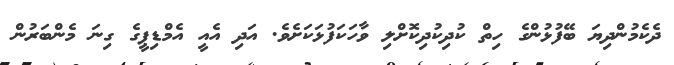
ދެކެމުންދިޔަ ބޭފުޅުންގެ ހިތް ކުދިކުދިކޮށްލި ވާހަކަފުޅަކަށެވެ. އަދި އެއީ އެމްޑިޕީގެ ގިނަ މެންބަރުން